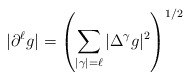
\begin{align*}|\partial^\ell g |=\left(\sum_{|\gamma|=\ell} |\Delta^\gamma g |^2 \right)^{1/2}\end{align*}